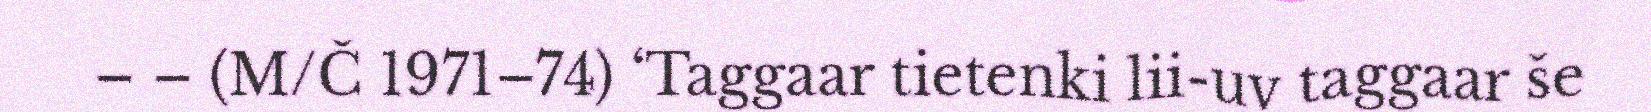
– – (M/Č 1971–74) ‘Taggaar tietenki lii-uv taggaar še